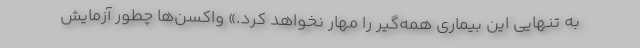
به تنهایی این بیماری همه‌گیر را مهار نخواهد کرد.» واکسن‌ها چطور آزمایش